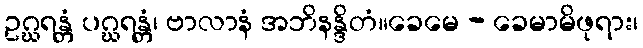
ဥဂ္ဃရန္တံ ပဂ္ဃရန္တံ၊ ဗာလာနံ အဘိနန္ဒိတံ။ခေမေ - ခေမာမိဖုရား၊